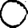
Digit: 0